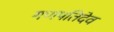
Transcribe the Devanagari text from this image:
गणपतिदेव